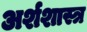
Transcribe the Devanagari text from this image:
अर्शशास्त्र